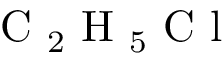
\mathrm { ~ C ~ } _ { 2 } \mathrm { ~ H ~ } _ { 5 } \mathrm { ~ C ~ l ~ }